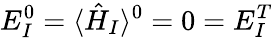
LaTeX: E_{I}^{0}=\langle\hat{H}_{I}\rangle^{0}=0=E_{I}^{T}